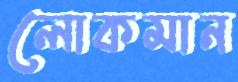
লোকমান